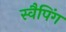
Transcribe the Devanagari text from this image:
स्वैपिंग